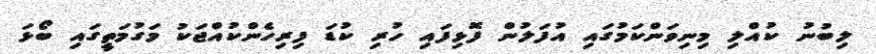
ލިބުނު ކުއްލި މިނިވަންކަމުގައި އުފަލުން ފޮޅިފައި ހުރި ކުޑަ ފިރިހެންކުއްޖަކު މަގުމަތީގައި ބޯޅަ